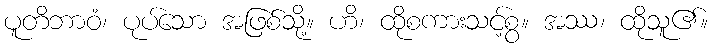
ပူတိဘာဝံ၊ ပုပ်သော အဖြစ်သို့။ ဟိ၊ ထိုစကားသင့်စွ။ အဿ၊ ထိုသူ၏။